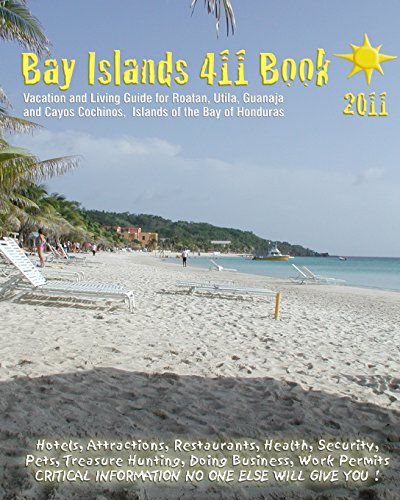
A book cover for Bay Islands 411 Book   2011: Vacation and Living Guide for Roatan, Utila and Guanaja, Bay Islands of Honduras; Danielle Vallee; Travel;